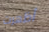
أظهرت